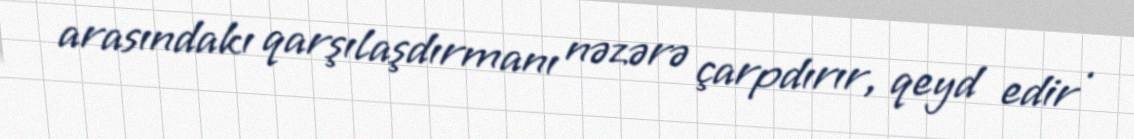
arasındakı qarşılaşdırmanı nəzərə çarpdırır, qeyd edir .